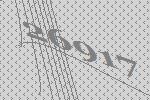
26917